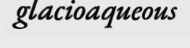
glacioaqueous